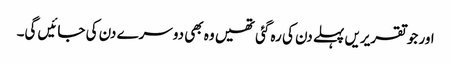
اور جو تقریریں پہلے دن کی رہ گئی تھیں وہ بھی دوسرے دن کی جائیں گی۔